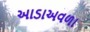
આડાઅવળા